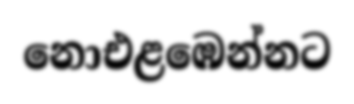
නොඑළඹෙන්නට